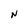
Character: N